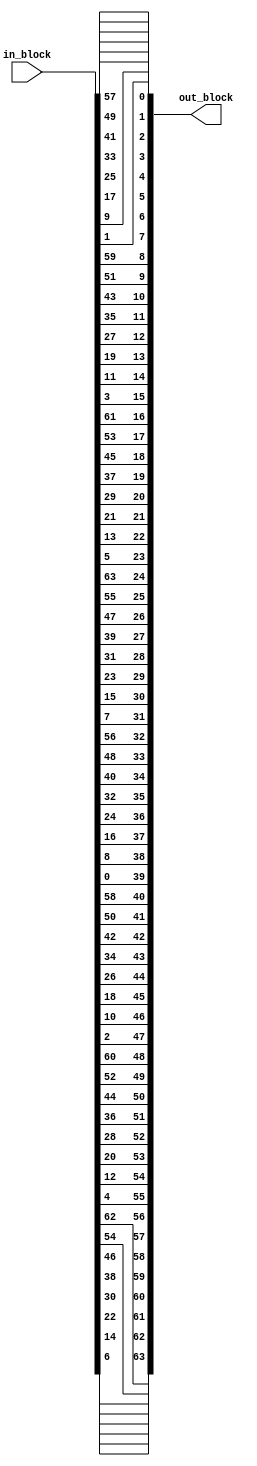
module initial_permutation(in_block, out_block);

	input [63:0] in_block;

	output reg [63:0] out_block;

	always @(in_block) begin
		out_block[0] <= in_block[57]; 	out_block[1] <= in_block[49]; 	out_block[2] <= in_block[41];	out_block[3] <= in_block[33]; 
                out_block[4] <= in_block[25];	out_block[5] <= in_block[17];	out_block[6] <= in_block[9];	out_block[7] <= in_block[1];

                out_block[8] <= in_block[59];	out_block[9] <= in_block[51];	out_block[10] <= in_block[43];	out_block[11] <= in_block[35];
                out_block[12] <= in_block[27];	out_block[13] <= in_block[19];	out_block[14] <= in_block[11];	out_block[15] <= in_block[3];

                out_block[16] <= in_block[61];	out_block[17] <= in_block[53];	out_block[18] <= in_block[45];	out_block[19] <= in_block[37];
                out_block[20] <= in_block[29];	out_block[21] <= in_block[21];	out_block[22] <= in_block[13];	out_block[23] <= in_block[5];

                out_block[24] <= in_block[63]; 	out_block[25] <= in_block[55];	out_block[26] <= in_block[47];	out_block[27] <= in_block[39];
                out_block[28] <= in_block[31];	out_block[29] <= in_block[23];	out_block[30] <= in_block[15];	out_block[31] <= in_block[7];

                out_block[32] <= in_block[56];	out_block[33] <= in_block[48];	out_block[34] <= in_block[40];	out_block[35] <= in_block[32];
                out_block[36] <= in_block[24];	out_block[37] <= in_block[16];	out_block[38] <= in_block[8];	out_block[39] <= in_block[0];

                out_block[40] <= in_block[58];	out_block[41] <= in_block[50];	out_block[42] <= in_block[42];	out_block[43] <= in_block[34];
                out_block[44] <= in_block[26];	out_block[45] <= in_block[18];	out_block[46] <= in_block[10];	out_block[47] <= in_block[2];

                out_block[48] <= in_block[60];	out_block[49] <= in_block[52];	out_block[50] <= in_block[44];	out_block[51] <= in_block[36];
                out_block[52] <= in_block[28];	out_block[53] <= in_block[20];	out_block[54] <= in_block[12];	out_block[55] <= in_block[4];

                out_block[56] <= in_block[62];	out_block[57] <= in_block[54];	out_block[58] <= in_block[46];	out_block[59] <= in_block[38];
                out_block[60] <= in_block[30];	out_block[61] <= in_block[22];	out_block[62] <= in_block[14];	out_block[63] <= in_block[6];
	end

endmodule